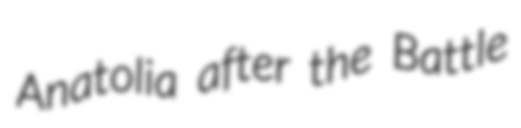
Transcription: Anatolia after the Battle